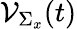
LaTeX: {\cal V}_{\Sigma_{x}}(t)